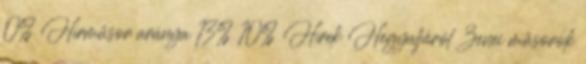
0% Hírműsor aránya 13% 10% Hírek Hegyaljáról Zenei műsorok